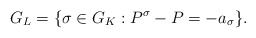
\begin{align*}G_L = \{\sigma \in G_K : P^\sigma - P = -a_\sigma\}.\end{align*}